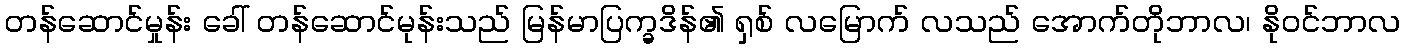
တန်ဆောင်မှုန်း ခေါ် တန်ဆောင်မုန်းသည် မြန်မာပြက္ခဒိန်၏ ရှစ် လမြောက် လသည် အောက်တိုဘာလ၊ နိုဝင်ဘာလ